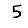
Digit: 5